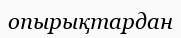
опырықтардан